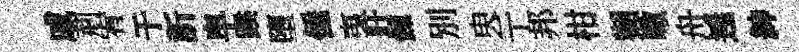
戚荊宥于訢皁蹊墮倕𢎯旴錬別㬰亍邦柑獺噉舟𨓱紳